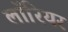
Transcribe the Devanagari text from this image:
लॉरियर